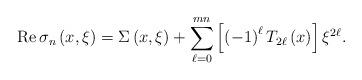
LaTeX: \begin{align*}\operatorname{Re}\sigma_{n}\left( x,\xi\right) =\Sigma\left( x,\xi\right)+\sum_{\ell=0}^{mn}\left[ \left( -1\right) ^{\ell}T_{2\ell}\left(x\right) \right] \xi^{2\ell}. \end{align*}